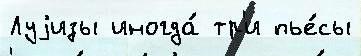
Луjизы иногда́ тр'и пье́сы